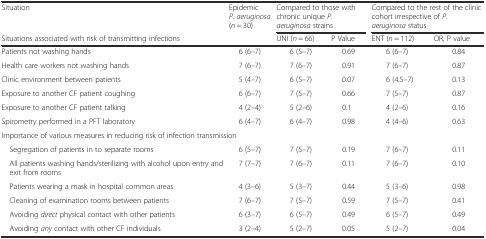
| Situation | <ROWSPAN=2> Epidemic P. aeruginosa (n = 30) | <COLSPAN=2> Compared to those with chronic unique P. aeruginosa strains | <COLSPAN=2> Compared to the rest of the clinic cohort irrespective of P. aeruginosa status |
 | Situations associated with risk of transmitting infections | UNI (n = 66) | P Value | ENT (n = 112) | OR, P value |
 | --- | --- | --- | --- | --- | --- |
 | Patients not washing hands | 6 (6–7) | 6 (5–7) | 0.69 | 6 (6–7) | 0.84 |
 | Health care workers not washing hands | 7 (6–7) | 7 (6–7) | 0.91 | 7 (6–7) | 0.87 |
 | Clinic environment between patients | 5 (4–7) | 6 (5–7) | 0.07 | 6 (4.5–7) | 0.13 |
 | Exposure to another CF patient coughing | 6 (6–7) | 7 (5–7) | 0.66 | 7 (5–7) | 0.87 |
 | Exposure to another CF patient talking | 4 (2–4) | 5 (2–6) | 0.1 | 4 (2–6) | 0.16 |
 | Spirometry performed in a PFT laboratory | 6 (4–7) | 6 (4–7) | 0.98 | 4 (4–6) | 0.63 |
 | <COLSPAN=4> Importance of various measures in reducing risk of infection transmission |  |  |
 | Segregation of patients in to separate rooms | 6 (5–7) | 7 (5–7) | 0.19 | 7 (6–7) | 0.11 |
 | All patients washing hands/sterilizing with alcohol upon entry andexit from rooms | 7 (7–7) | 7 (6–7) | 0.11 | 7 (6–7) | 0.10 |
 | Patients wearing a mask in hospital common areas | 4 (3–6) | 5 (3–7) | 0.44 | 5 (3–6) | 0.98 |
 | Cleaning of examination rooms between patients | 7 (6–7) | 7 (5–7) | 0.59 | 7 (5–7) | 0.41 |
 | Avoiding direct physical contact with other patients | 6 (3–7) | 6 (5–7) | 0.49 | 6 (5–7) | 0.49 |
 | Avoiding any contact with other CF individuals | 3 (2–4) | 5 (2–7) | 0.05 | 5 (2–7) | 0.04 |